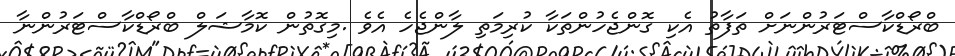
ބްރޯޑްކާސްޓަރުންނަށް ތަފާތު އެކި ގޮންޖެހުންތަކާ ކުރިމަތި ލާންޖެހެ އެވެ .މިގޮތުން ކޮމާޝަލް ބްރޯޑްކާސްޓަރުންނާ